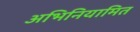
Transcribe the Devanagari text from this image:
अभिनियामित